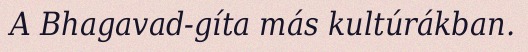
A Bhagavad-gíta más kultúrákban.